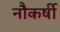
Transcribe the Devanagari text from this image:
नौकर्षी